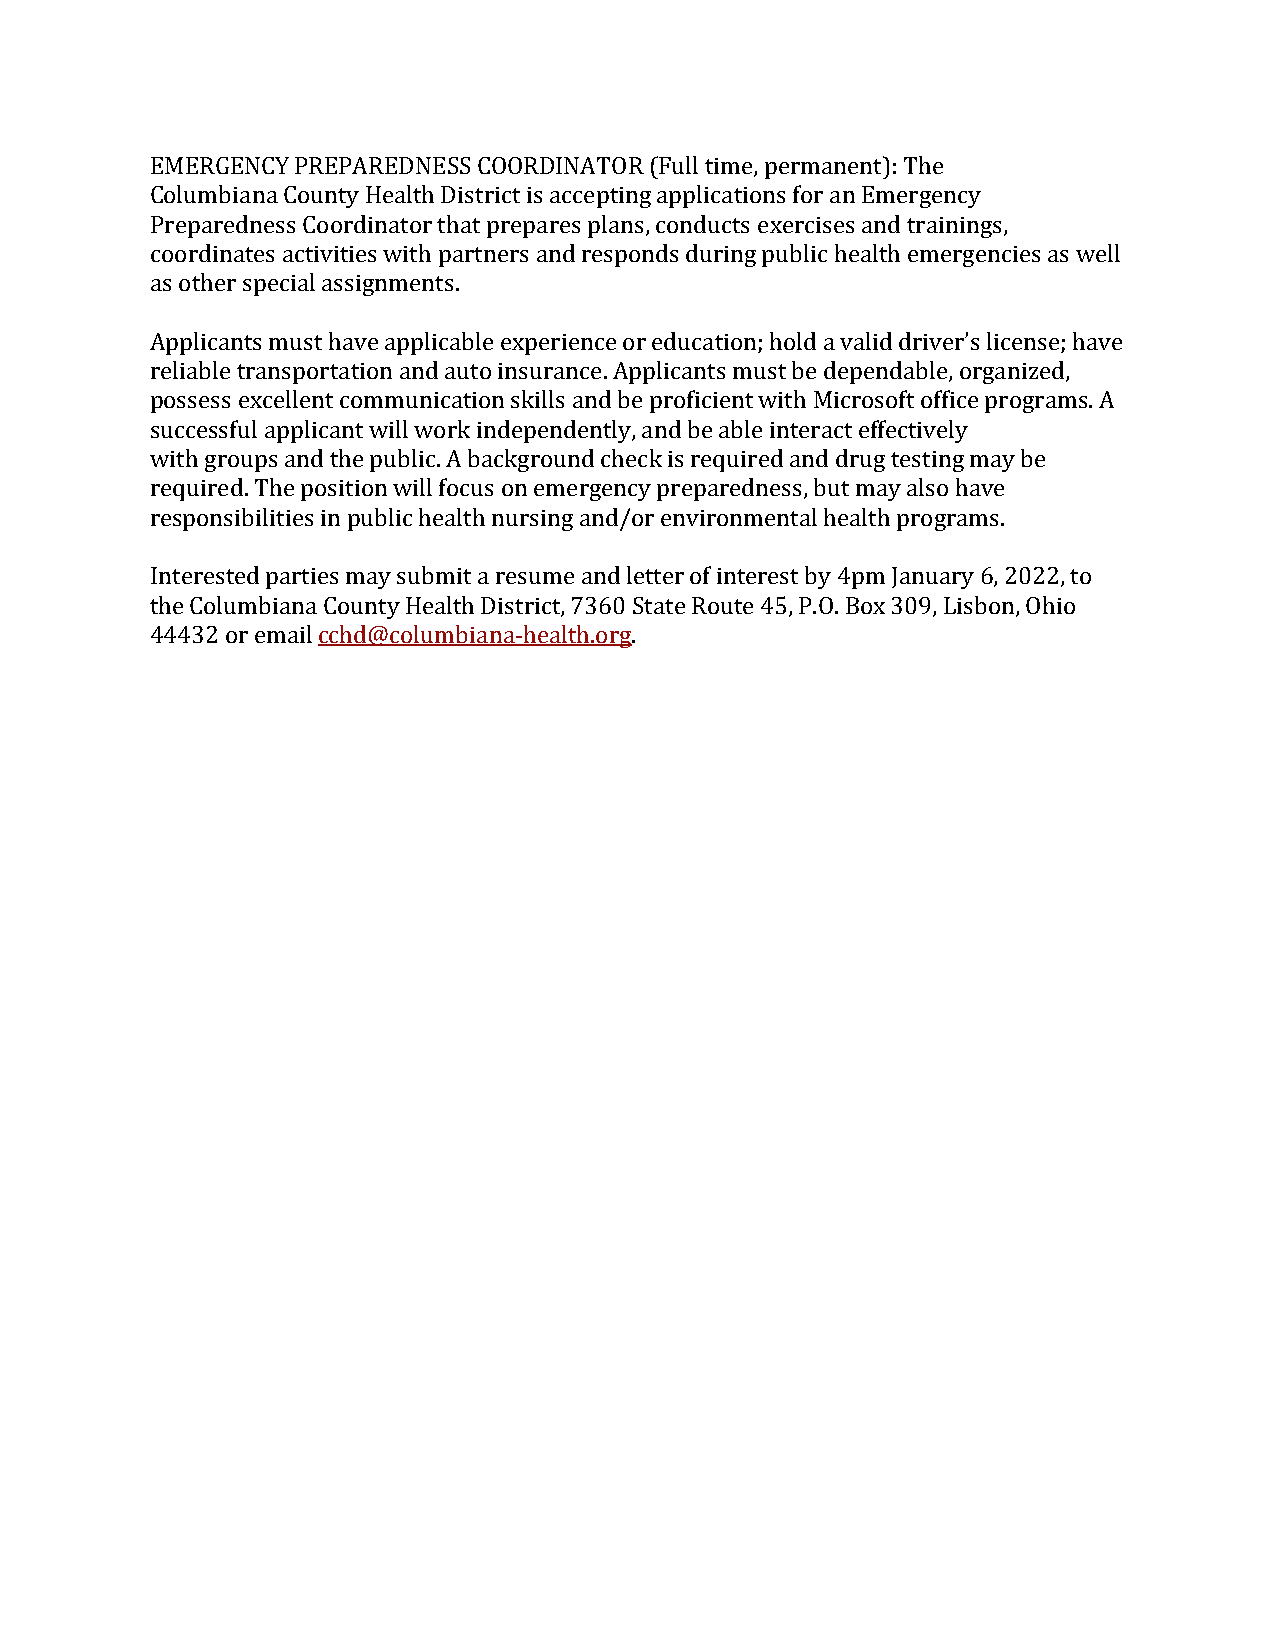
EMERGENCY PREPAREDNESS COORDINATOR (Full time, permanent): The
 Columbiana County Health District is accepting applications for an Emergency
 Preparedness Coordinator that prepares plans, conducts exercises and trainings,
 coordinates activities with partners and responds during public health emergencies as well
 as other special assignments.
 Applicants must have applicable experience or education; hold a valid driver’s license; have
 reliable transportation and auto insurance. Applicants must be dependable, organized,
 possess excellent communication skills and be proficient with Microsoft office programs. A
 successful applicant will work independently, and be able interact effectively
 with groups and the public. A background check is required and drug testing may be
 required. The position will focus on emergency preparedness, but may also have
 responsibilities in public health nursing and/or environmental health programs.
 Interested parties may submit a resume and letter of interest by 4pm January 6, 2022, to
 the Columbiana County Health District, 7360 State Route 45, P.O. Box 309, Lisbon, Ohio
 44432 or email cchd@columbiana-health.org.